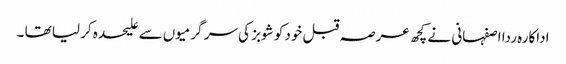
اداکارہ ردا اصفہانی نے کچھ عرصہ قبل خود کو شوبز کی سر گرمیوں سے علیحدہ کر لیا تھا ۔